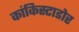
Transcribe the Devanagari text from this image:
कांकिस्टाडोर